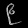
Digit: ၉